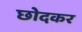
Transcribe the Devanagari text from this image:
छोदकर